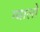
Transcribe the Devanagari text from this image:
ग्‍वालो